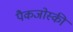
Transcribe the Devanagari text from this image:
पैकजोस्की